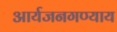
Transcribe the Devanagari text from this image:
आर्यजनगण्याय